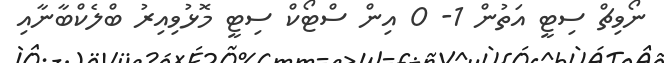
ނޯވިޗް ސިޓީ އަތުން 1- 0 އިން ސްޓޯކް ސިޓީ މޮޅުވިއިރު ބްލެކްބާނާއި